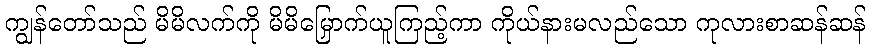
ကျွန်တော်သည် မိမိလက်ကို မိမိမြှောက်ယူကြည့်ကာ ကိုယ်နားမလည်သော ကုလားစာဆန်ဆန်